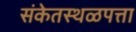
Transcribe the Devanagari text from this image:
संकेतस्थळपत्ता